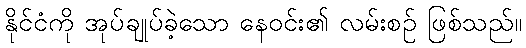
နိုင်ငံကို အုပ်ချုပ်ခဲ့သော နေဝင်း၏ လမ်းစဉ် ဖြစ်သည်။